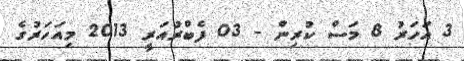
3 އަހަރު 8 މަސް ކުރިން - 03 ފެބްރުއަރީ 2013 މިއަހަރުގެ